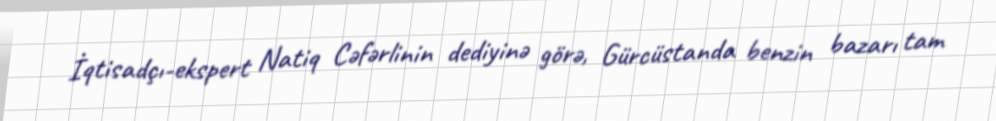
İqtisadçı-ekspert Natiq Cəfərlinin dediyinə görə, Gürcüstanda benzin bazarı tam